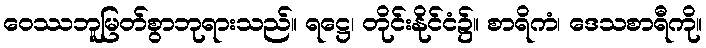
ဝေဿဘူမြတ်စွာဘုရားသည်။ ရဋ္ဌေ၊ တိုင်းနိုင်ငံ၌။ စာရိကံ၊ ဒေသစာရီကို။